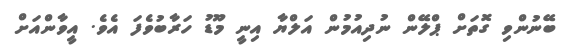
ބޭނުންވި ގޮތަށް ޕްލޭން ނުދިއުމުން އަލްޔާ އިނީ މޫޑު ހަރާބުވެފަ އެވެ. އީވާންއަށް